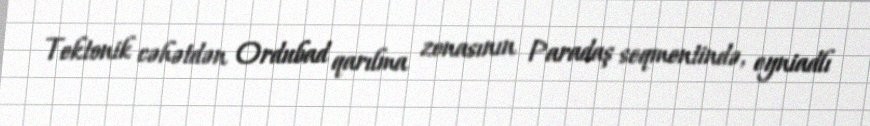
Tektonik cəhətdən Ordubad qarılma zonasının Paradaş seqmentində, eyniadlı